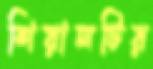
শিয়ালটির